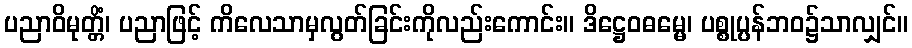
ပညာဝိမုတ္တိံ၊ ပညာဖြင့် ကိလေသာမှလွတ်ခြင်းကိုလည်းကောင်း။ ဒိဋ္ဌေဝဓမ္မေ၊ ပစ္စုပ္ပန်ဘဝ၌သာလျှင်။